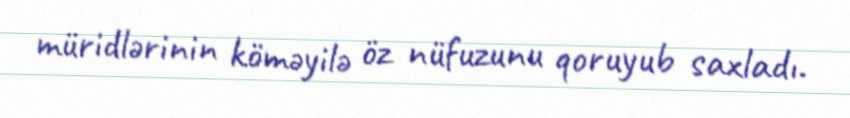
müridlərinin köməyilə öz nüfuzunu qoruyub saxladı.